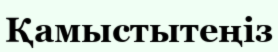
Қамыстытеңіз